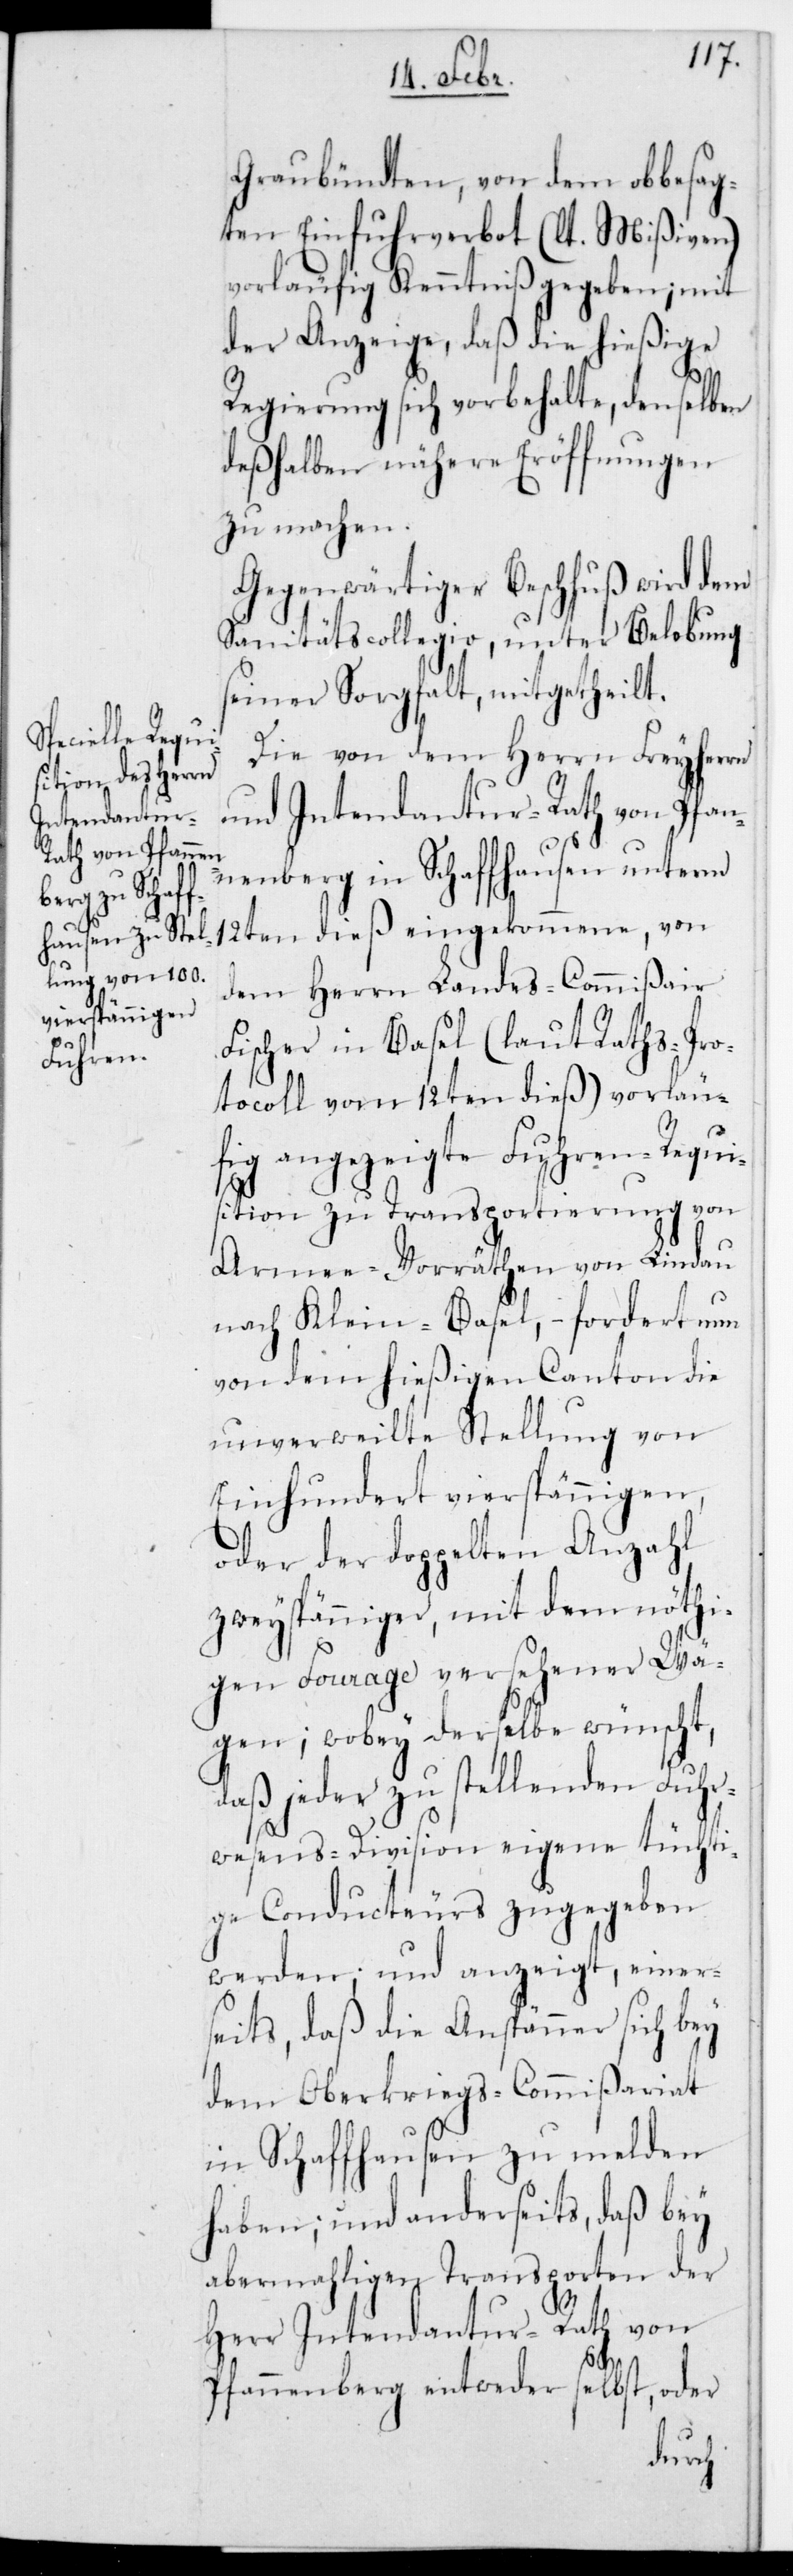
vierspännigen,

Graubündten, von dem obgesag¬
ten Einfuhrverbot (lt. Mißiven)
vorläufig Kenntniß gegeben; mit
der Anzeige, daß die hießige
Regierung sich vorbehalte, denselben
deshalben nähere Eröffnungen
zu machen.
Gegenwärtiger Beschluß wird dem
Sanitäts-Collegio, unter Belobung
seiner Sorgfalt, mitgetheilt.
Die von dem Herrn Freiherrn
und Intendantur-Rath von Pfan¬
nenberg in Schaffhausen unterm
12ten dieß eingekommene, von
dem Herrn Landescommißair
Fischer in Basel (laut Rathspro¬
tocoll vom 12ten dieß) vorläu¬
fig angezeigte Fuhren-Requi¬
sition zu Transportierung von
Armee-Vorräthen von Lindau
nach Klein-Basel, – fordert nun
von dem hießigen Canton die
unverweilte Stellung von
oder der doppelten Anzahl
zweyspänniger, mit dem nöthi¬
gen Fourage versehener Wä¬
gen; wobey derselbe wünscht,
jeder zu stellenden Fuhr¬
wesens-Division eigene tüchti¬
ge Conducteurs zugegeben
werden; und anzeigt, einers¬
eits daß die Anspänner sich bey
dem Oberkriegs-Commißariat
in Schaffhausen zu melden
haben; und anderseits daß bey
abermaligen Transporten der
Herr Intendantur-Rath von
Pfannenberg entweder selbst, oder